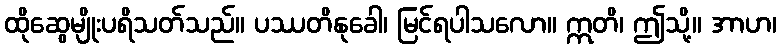
ထိုဆွေမျိုးပရိသတ်သည်။ ပဿတိနုခေါ၊ မြင်ရပါသလော။ ဣတိ၊ ဤသို့။ အာဟ၊